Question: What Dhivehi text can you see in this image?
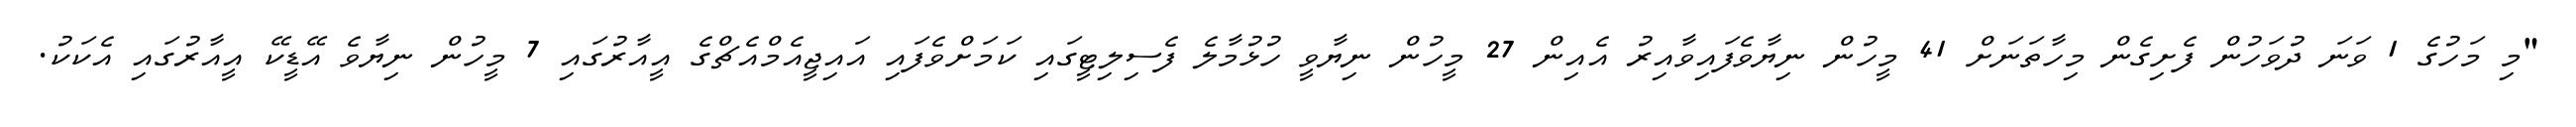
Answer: "މި މަހުގެ 1 ވަނަ ދުވަހުން ފެށިގެން މިހާތަނަށް 41 މީހުން ނިޔާވެފައިވާއިރު އެއިން 27 މީހުން ނިޔާވީ ހުޅުމާލެ ފެސިލިޓީގައި ކަމަށްވެފައި އައިޖީއެމްއެޗްގެ އީއާރުގައި 7 މީހުން ނިޔާވެ އޭޑީކޭ އީއާރުގައި އެކަކު.